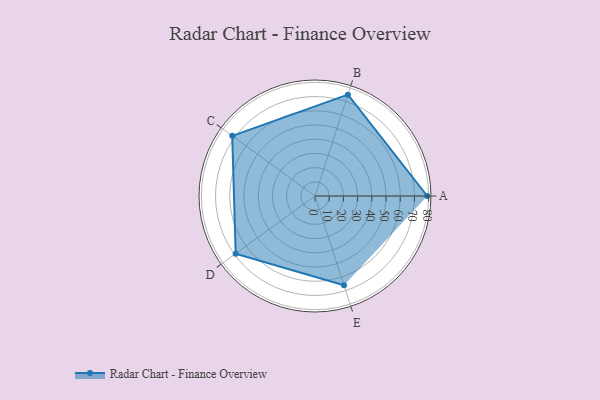
{"axis": {"x": "Skill", "y": "Score"}, "legend": ["Profile"], "data": [{"x": "A", "y": 79.0, "type": "Profile"}, {"x": "B", "y": 75.0, "type": "Profile"}, {"x": "C", "y": 72.0, "type": "Profile"}, {"x": "D", "y": 69.0, "type": "Profile"}, {"x": "E", "y": 66.0, "type": "Profile"}]}